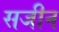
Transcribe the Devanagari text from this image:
सजीन